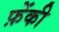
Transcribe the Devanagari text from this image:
फ़ेंकी